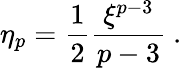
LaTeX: \eta_{p}={\frac{1}{2}}{\frac{\xi^{p-3}}{p-3}}~.